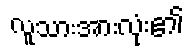
လူသားအားလုံး၏